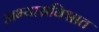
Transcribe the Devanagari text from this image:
अभ्यासविश्वात